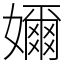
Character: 嬭